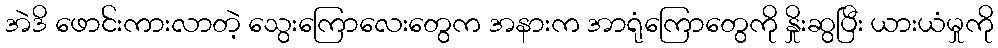
အဲဒိ ဖောင်းကားလာတဲ့ သွေးကြောလေးတွေက အနားက အာရုံကြောတွေကို နှိုးဆွပြီး ယားယံမှုကို